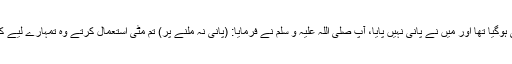
میں جنبی ہوگیا تھا اور میں نے پانی نہیں پایا، آپ صلی اللہ علیہ و سلم نے فرمایا: (پانی نہ ملنے پر) تم مٹی استعمال کرتے وہ تمہارے لیے کافی تھی۔